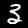
Digit: 3